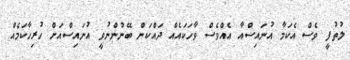
ލުތުފީ ވެސް އެކަމާ އުނައިސްއާ އެއްވެސް ވާހަކައެއް ދައްކަން ބޭނުންނުވީ އުނައިސްއަށް ހުރިހާކަމެއް